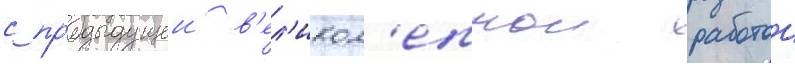
с пр'едыдущеи в'ел'икол'епнои работои